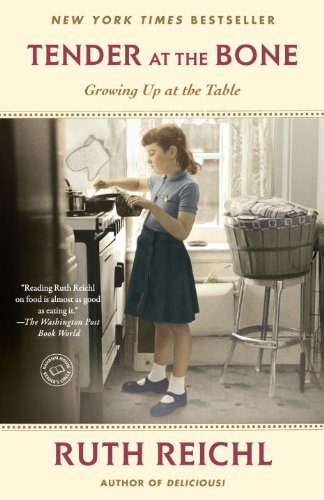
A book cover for Tender at the Bone: Growing Up at the Table (Random House Reader's Circle); Ruth Reichl; Literature & Fiction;